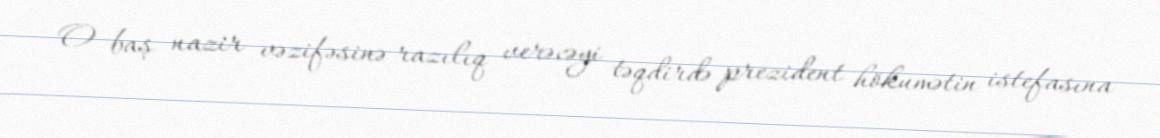
O baş nazir vəzifəsinə razılıq verəcəyi təqdirdə prezident hökumətin istefasına